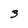
Character: 3